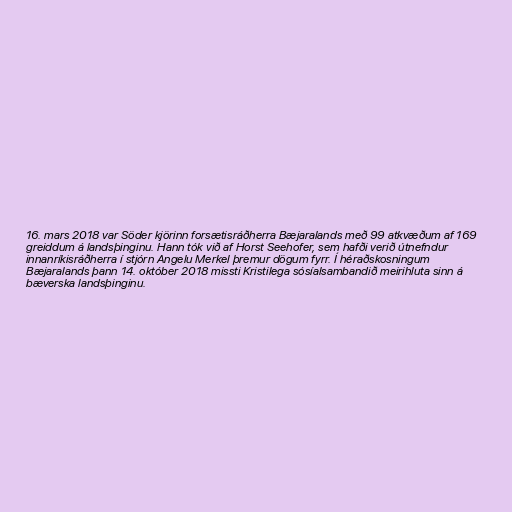
16. mars 2018 var Söder kjörinn forsætisráðherra Bæjaralands með 99 atkvæðum af 169
greiddum á landsþinginu. Hann tók við af Horst Seehofer, sem hafði verið útnefndur
innanríkisráðherra í stjórn Angelu Merkel þremur dögum fyrr. Í héraðskosningum
Bæjaralands þann 14. október 2018 missti Kristilega sósíalsambandið meirihluta sinn á
bæverska landsþinginu.